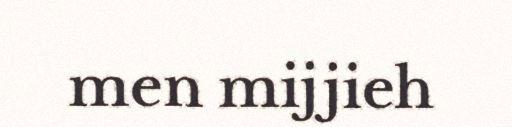
men mijjieh